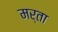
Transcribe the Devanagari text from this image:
मर्ता